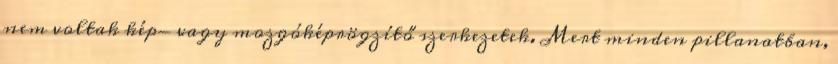
nem voltak kép- vagy mozgóképrögzítő szerkezetek. Mert minden pillanatban,